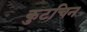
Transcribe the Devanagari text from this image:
कुटचिन